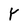
Character: Y